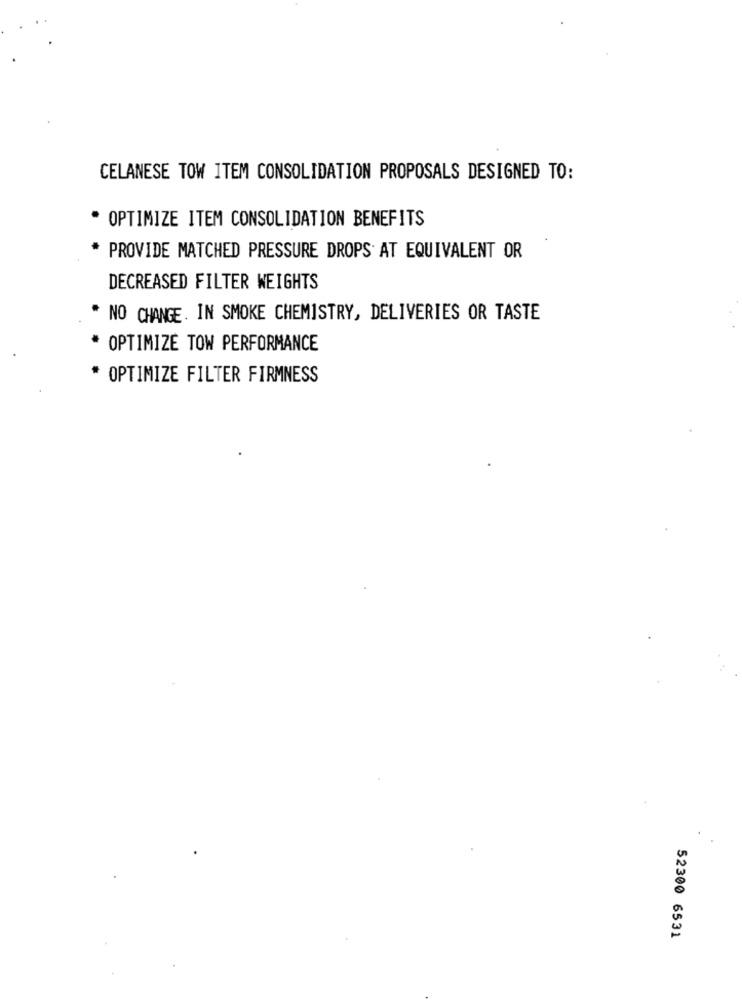
CELANESE TOW ITEM CONSOLIDATION PROPOSALS DESIGNED TO:
* OPTIMIZE ITEM CONSOLIDATION BENEFITS
PROVIDE MATCHED PRESSURE DROPS AT EQUIVALENT OR
DECREASED FILTER WEIGHTS
NO CHANGE. IN SMOKE CHEMISTRY, DELIVERIES OR TASTE
* OPTIMIZE TOW PERFORMANCE
* OPTIMIZE FILTER FIRMNESS
52300 6531